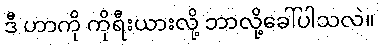
ဒီ ဟာကို ကိုရီးယားလို့ ဘာလို့ခေါ်ပါသလဲ။